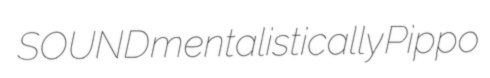
SOUND mentalistically Pippo